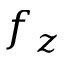
f _ { z }